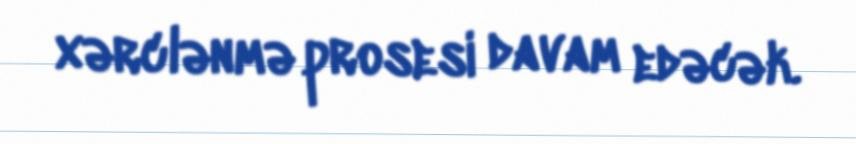
xərclənmə prosesi davam edəcək.